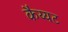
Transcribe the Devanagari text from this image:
कैय्यट